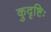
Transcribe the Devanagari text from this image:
कुदृष्टिः